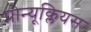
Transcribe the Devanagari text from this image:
प्रोन्यूक्लियस